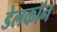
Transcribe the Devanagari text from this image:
डेलकॉन